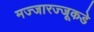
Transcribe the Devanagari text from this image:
मज्जारज्जूकडे